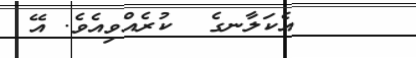
١٩     އެކަލާނގެ  ކުރެއްވިއެވެ. އޭ